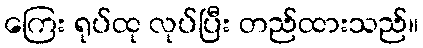
ကြေး ရုပ်ထု လုပ်ပြီး တည်ထားသည်။